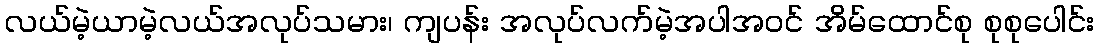
လယ်မဲ့ယာမဲ့လယ်အလုပ်သမား၊ ကျပန်း အလုပ်လက်မဲ့အပါအဝင် အိမ်ထောင်စု စုစုပေါင်း